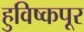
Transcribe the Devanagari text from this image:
हुविष्कपूर